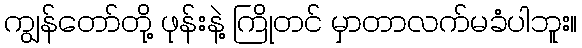
ကျွန်တော်တို့ ဖုန်းနဲ့ ကြိုတင် မှာတာလက်မခံပါဘူး။